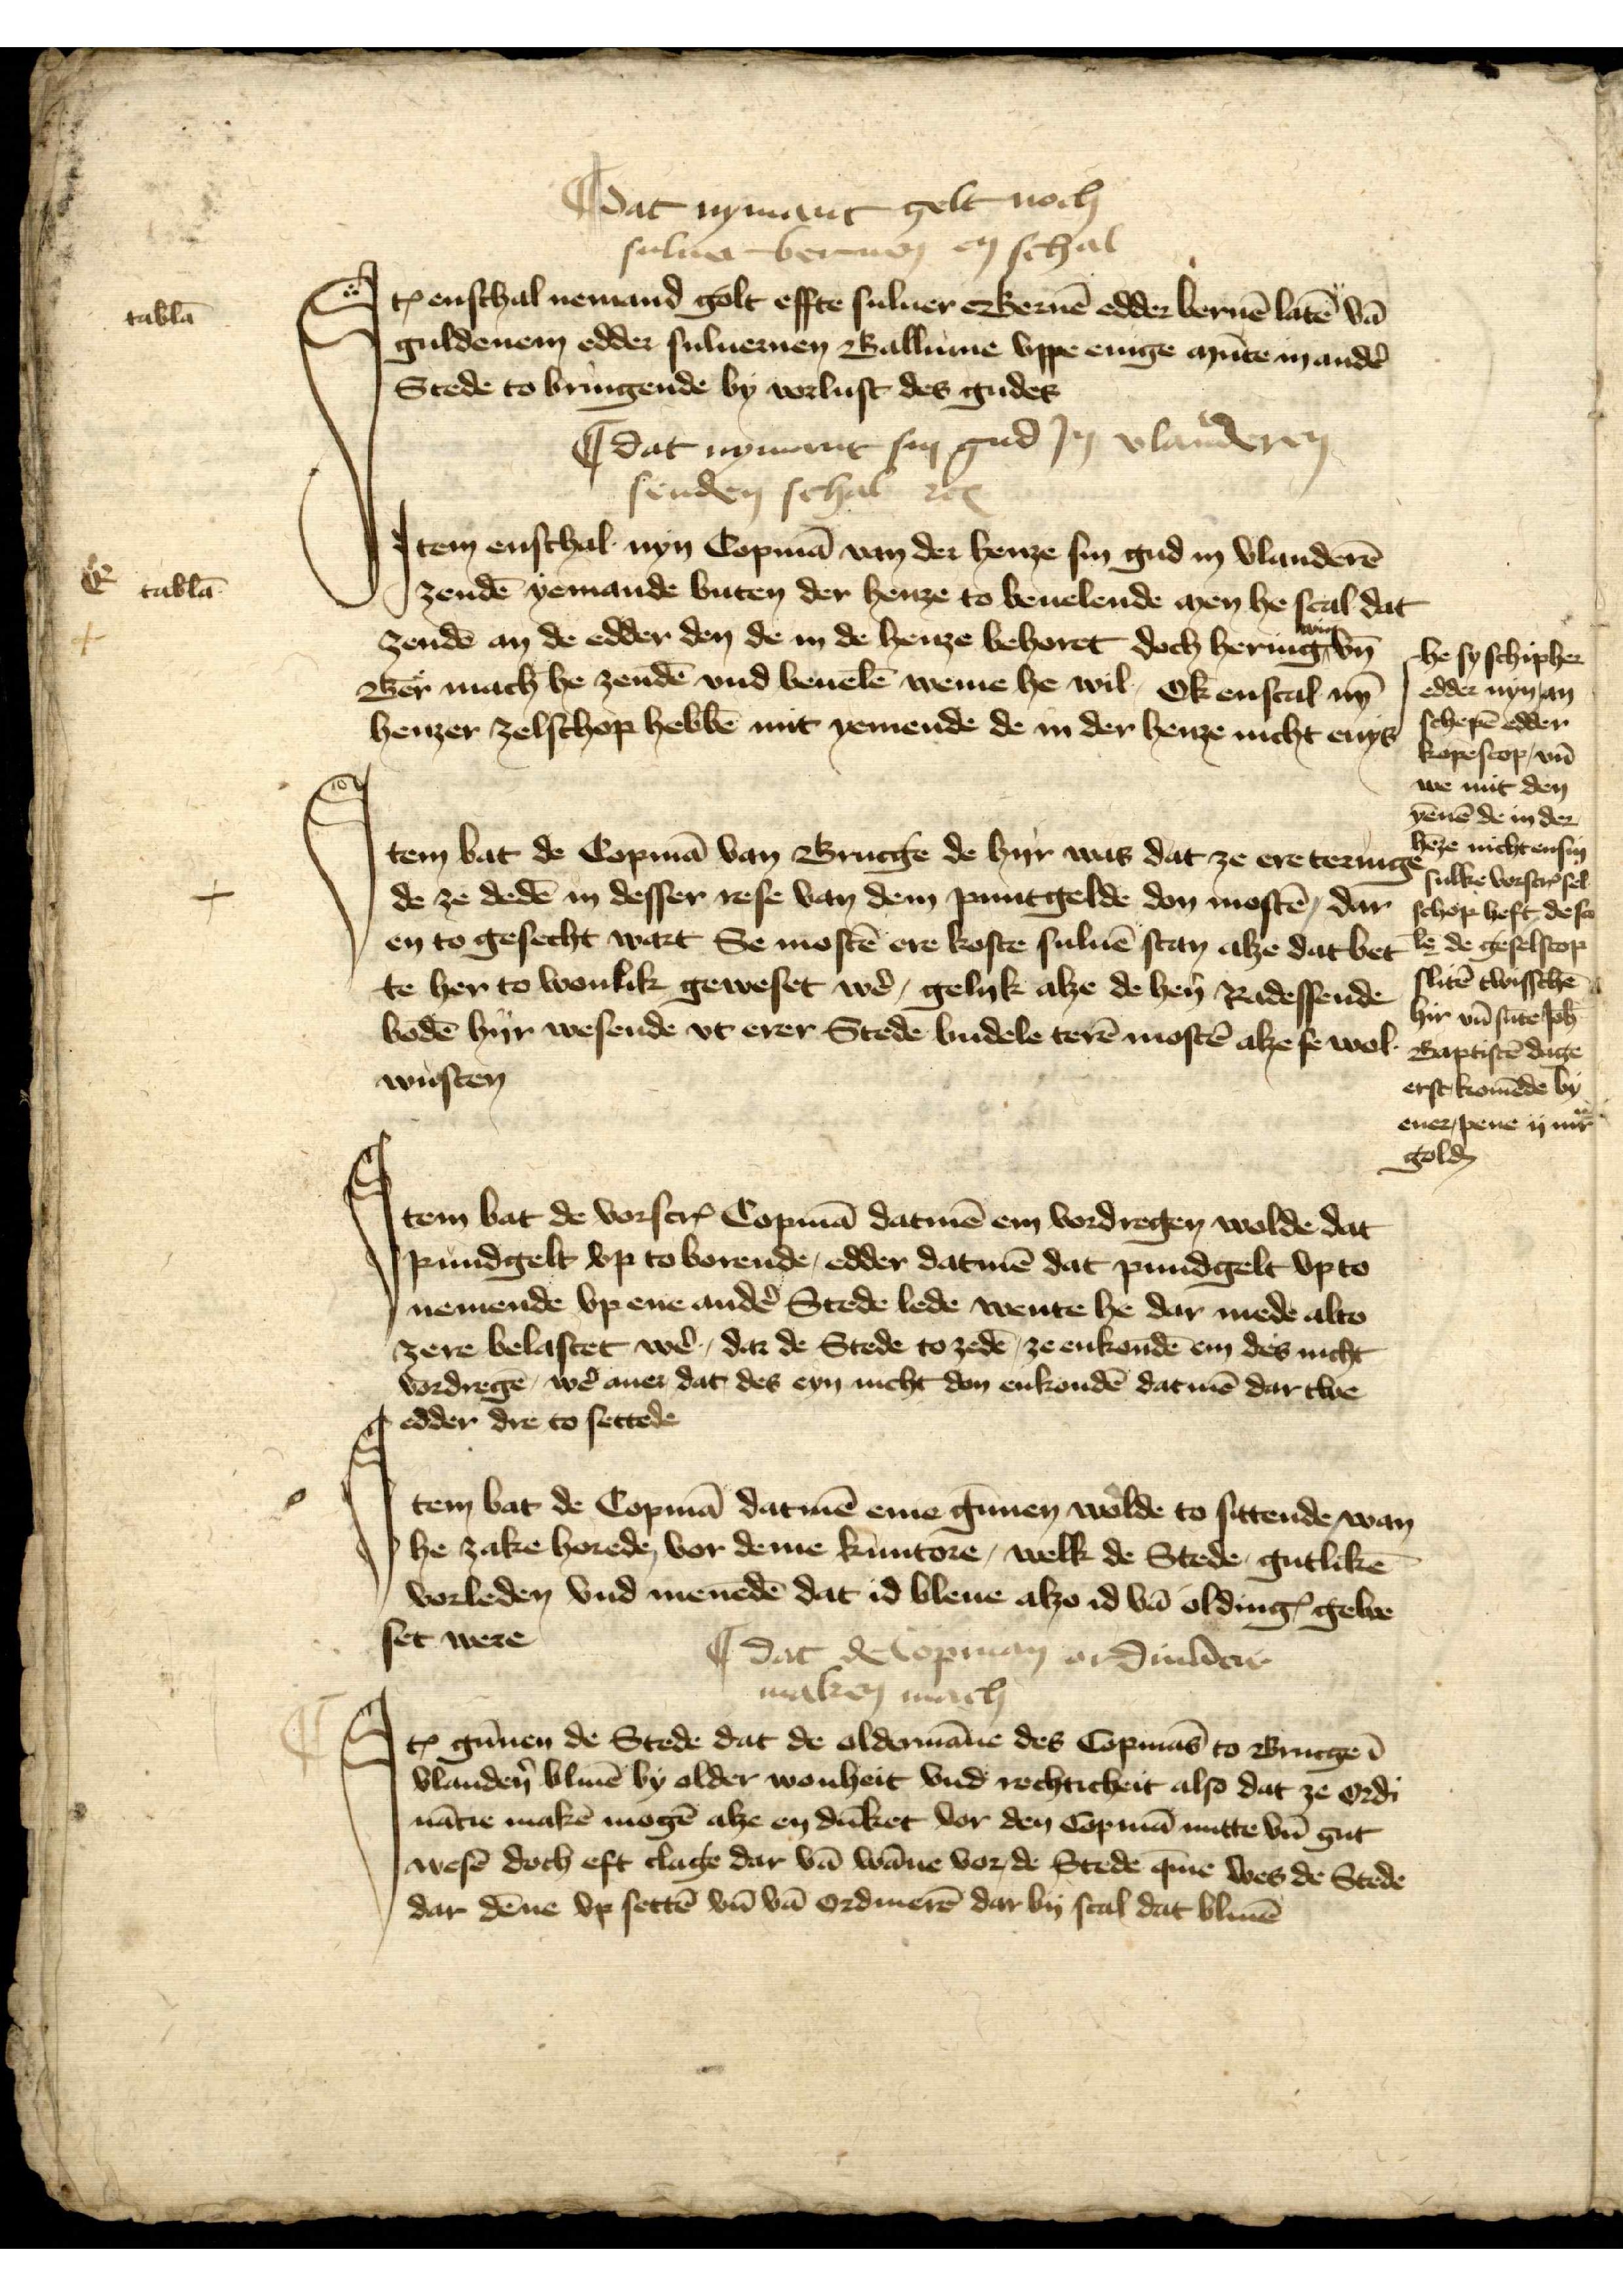
I dat nymant gelt noch 
suluer benom en schal

Jꝷ enschal nemand golt effte suluer Bernē edder bernē latē vā
suluer benom en schal
guldenem edder suluernen Ballume vppe enige mūtze mandẻ
Stede to bringende by vorlust des gudes

I dat nymant sin gud in vlanderen
senden schal etꝬ

Item enschal nyn Copmā van de henze sin gud in Vlanderē
zendē yemande buten der henze to beuelende men he scal dat
zendē an de edder den in de henze behoret doch hering wie vn̄
Ber mach he zendē vnd beuelē weme he wil, Ok enscal nȳ
henzer zelschop hebbē mit yemende de in der henze nicht enys
he sy schipher
edder nyn an
schepē edder
kopescop vn̄
we mit den
yēnē de in der
hēze nicht ensin
sulke vorscrꝬ sel
schop heft de sco
l̄e de geselscop
slitē twisschē
hir vn̄ sūte Joh̄
Bapstistē dage
erst komēde by
ener pene ij mͣ
golḑ mͣrk

Jtem bat de Copā van Brucge de hyr was dat ze ere teruige
de ze dedē in desser rese van dem puntgelde don mostē, dar
en to gesecht wart Se mostē ere koste suluē stan alze dat bet
te her to wonlik geweset wẻ, gelyk alze de hẻn Radessende
bodē hyr wesende vt erer Stede budele terē mostē alze se wol
wusten

Jtem bat de vorscrꝬ Copmā datmē en vordregen wolde dat
pundgelt vp to borende, edder datmen dat pundgelt vp to
nemende vp ene andẻ Stede lede wente he dar mede alto
zere belastet wẻ, dar de Stede to zedē ze enkondē em des nicht
vordregē, wẻ auer dat des eyn nicht don enkondē dat mē dar twe
edder dre to settede

Item bat de Copmā dat mē eme gūnen wolde to sittende wan
he zake horede, vor deme kuntore, welk de Stede gutlikē
vorleden vnd menēde dat id bleve alzo oldingꝬ gewe
set were

I dat de Copman ordinacie
maken mach

Jꝷ gūnen de Stede dat de oldermāne des Copmās to Brucge ē
Vlandẻn bliuē by older wohnheit vnd rechticheit also dat ze Ordi¬
nācie makē mogē alze en dūket vor den Copmā nutte vn̄ gut
wesē doch eft clage dar vā wāne vor, de Stede q̄me wes de Stede
dar dēne vp settē vn̄ vā Ordinerē dar by scal dat bliuē

E

tab̄la

tab̄la

f

C